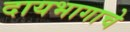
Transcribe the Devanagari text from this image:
दायभागाचे